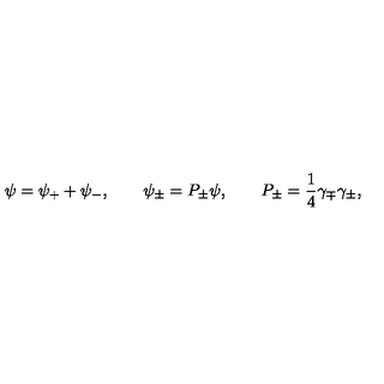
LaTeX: \psi = \psi _ { + } + \psi _ { - } , \qquad \psi _ { \pm } = P _ { \pm } \psi , \qquad P _ { \pm } = \frac { 1 } { 4 } \gamma _ { \mp } \gamma _ { \pm } ,